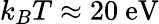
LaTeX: k_{B}T\approx 20\ \mathrm{eV}